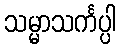
သမ္မာသင်္ကပ္ပါ